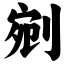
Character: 剜